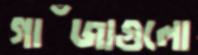
গাঁজাগুলো